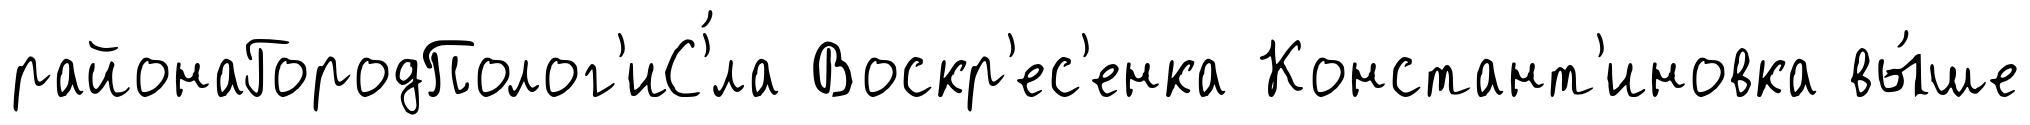
районаГородПолог'иС'́ла Воскр'ес'енка Констант'иновка вы́ше